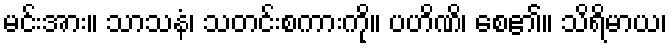
မင်းအား။ သာသနံ၊ သတင်းစကားကို။ ပဟိဏိ၊ စေ၏။ သိရိမာယ၊